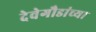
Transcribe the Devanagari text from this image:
देवेगौडांच्या